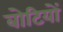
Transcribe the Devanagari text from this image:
बोटियों